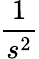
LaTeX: \frac{1}{s^{2}}